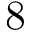
8